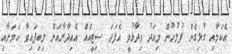
އެކަމާއި ގުޅިގެން ފުލުހުން މިއަދު ވިދާޅުވީ އެފަދަ ސިޓީއެއް އެއިދާރާއަށް ލިބިފައިވާ ކަމަށާއި